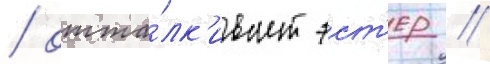
/ отта́лк'ивает эст'ер /